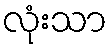
လုံးသာ